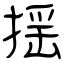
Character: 揺